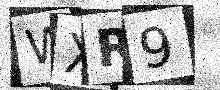
Text: WXR9